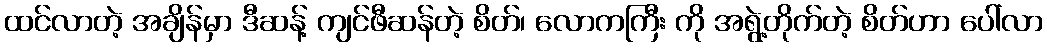
ထင်လာတဲ့ အချိန်မှာ ဒီဆန့် ကျင်ဖီဆန်တဲ့ စိတ်၊ လောကကြီး ကို အရွဲ့တိုက်တဲ့ စိတ်ဟာ ပေါ်လာ